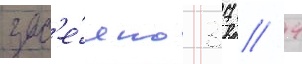
зас'е́яно 37 / 4